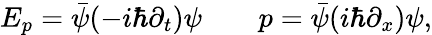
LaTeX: E_{p}=\bar{\psi}(-i\hbar\partial_{t})\psi\qquad p=\bar{\psi}(i\hbar\partial_{x})\psi,